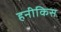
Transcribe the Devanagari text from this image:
हनीकिस